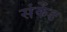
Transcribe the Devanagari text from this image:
संकेंड